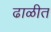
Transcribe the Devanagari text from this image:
ढाळीत